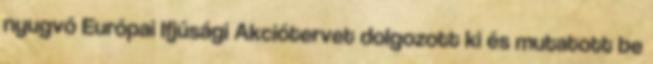
nyugvó Európai Ifjúsági Akciótervet dolgozott ki és mutatott be